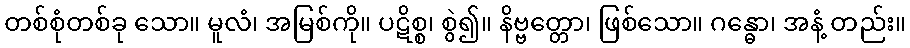
တစ်စုံတစ်ခု သော။ မူလံ၊ အမြစ်ကို။ ပဋိစ္စ၊ စွဲ၍။ နိဗ္ဗတ္တော၊ ဖြစ်သော။ ဂန္ဓော၊ အနံ့ တည်း။